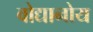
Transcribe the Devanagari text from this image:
वोद्यानोय